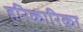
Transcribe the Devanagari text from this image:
हरिकारिका